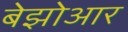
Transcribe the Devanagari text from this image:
बेझोआर